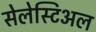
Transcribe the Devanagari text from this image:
सेलेस्टिअल